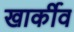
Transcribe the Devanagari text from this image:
खार्कीव